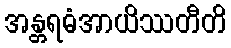
အန္တရဓံအာယိဿတီတိ